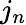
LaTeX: j_{n}